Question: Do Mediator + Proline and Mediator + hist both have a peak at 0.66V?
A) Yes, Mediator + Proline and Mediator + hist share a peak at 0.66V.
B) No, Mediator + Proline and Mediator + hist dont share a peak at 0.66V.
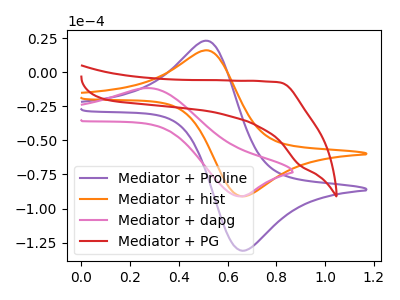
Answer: <think>The purple curve "Mediator + Proline" has an anodic peak at (0.50V, 23.00uA) and a cathodic peak at (0.65V, -131.00uA). The orange curve "Mediator + hist" has an anodic peak at (0.50V, 16.00uA) and a cathodic peak at (0.65V, -91.10uA). The pink curve "Mediator + dapg" has an anodic peak at (0.25V, -11.65uA) and a cathodic peak at (0.65V, -91.05uA). The red curve "Mediator + PG" has no peaks.</think>
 <answer>A) Yes, "Mediator + Proline" and "Mediator + hist" share a peak at 0.66V.</answer>
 <eval>A</eval>